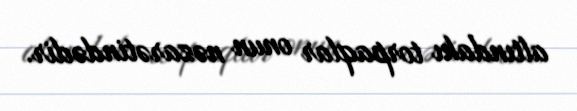
altındakı torpaqlar onun nəzarətindədir.